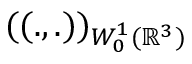
( ( . , . ) ) _ { W _ { 0 } ^ { 1 } ( { \mathbb R } ^ { 3 } ) }